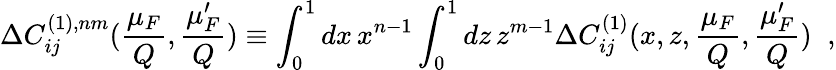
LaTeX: \Delta C_{ij}^{(1),nm}(\frac{\mu_{F}}{Q},\frac{\mu_{F}^{\prime}}{Q})\equiv\int_{0}^{1}dx\, x^{n-1}\int_{0}^{1}dz\, z^{m-1}\Delta C_{ij}^{(1)}(x,z,\frac{\mu_{F}}{Q},\frac{\mu_{F}^{\prime}}{Q})\; \; ,